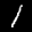
Label: 1